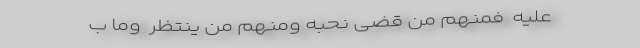
عَلَیهِ  فَمِنهُم مَن قَضى نَحبَهُ وَمِنهُم مَن یَنتَظِرُ  وَما ب